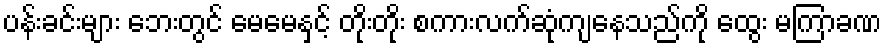
ပန်းခင်းများ ဘေးတွင် မေမေနှင့် တိုးတိုး စကားလက်ဆုံကျနေသည်ကို ထွေး မကြာခဏ